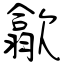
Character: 歙